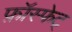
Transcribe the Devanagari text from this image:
फ़ॉस्फेट्